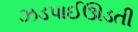
ઝડપાઈઊડતી